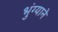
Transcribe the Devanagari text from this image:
भुंग्याने